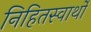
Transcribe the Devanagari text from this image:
निहितस्वार्थों